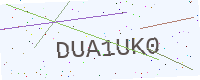
Text: DUA1UK0